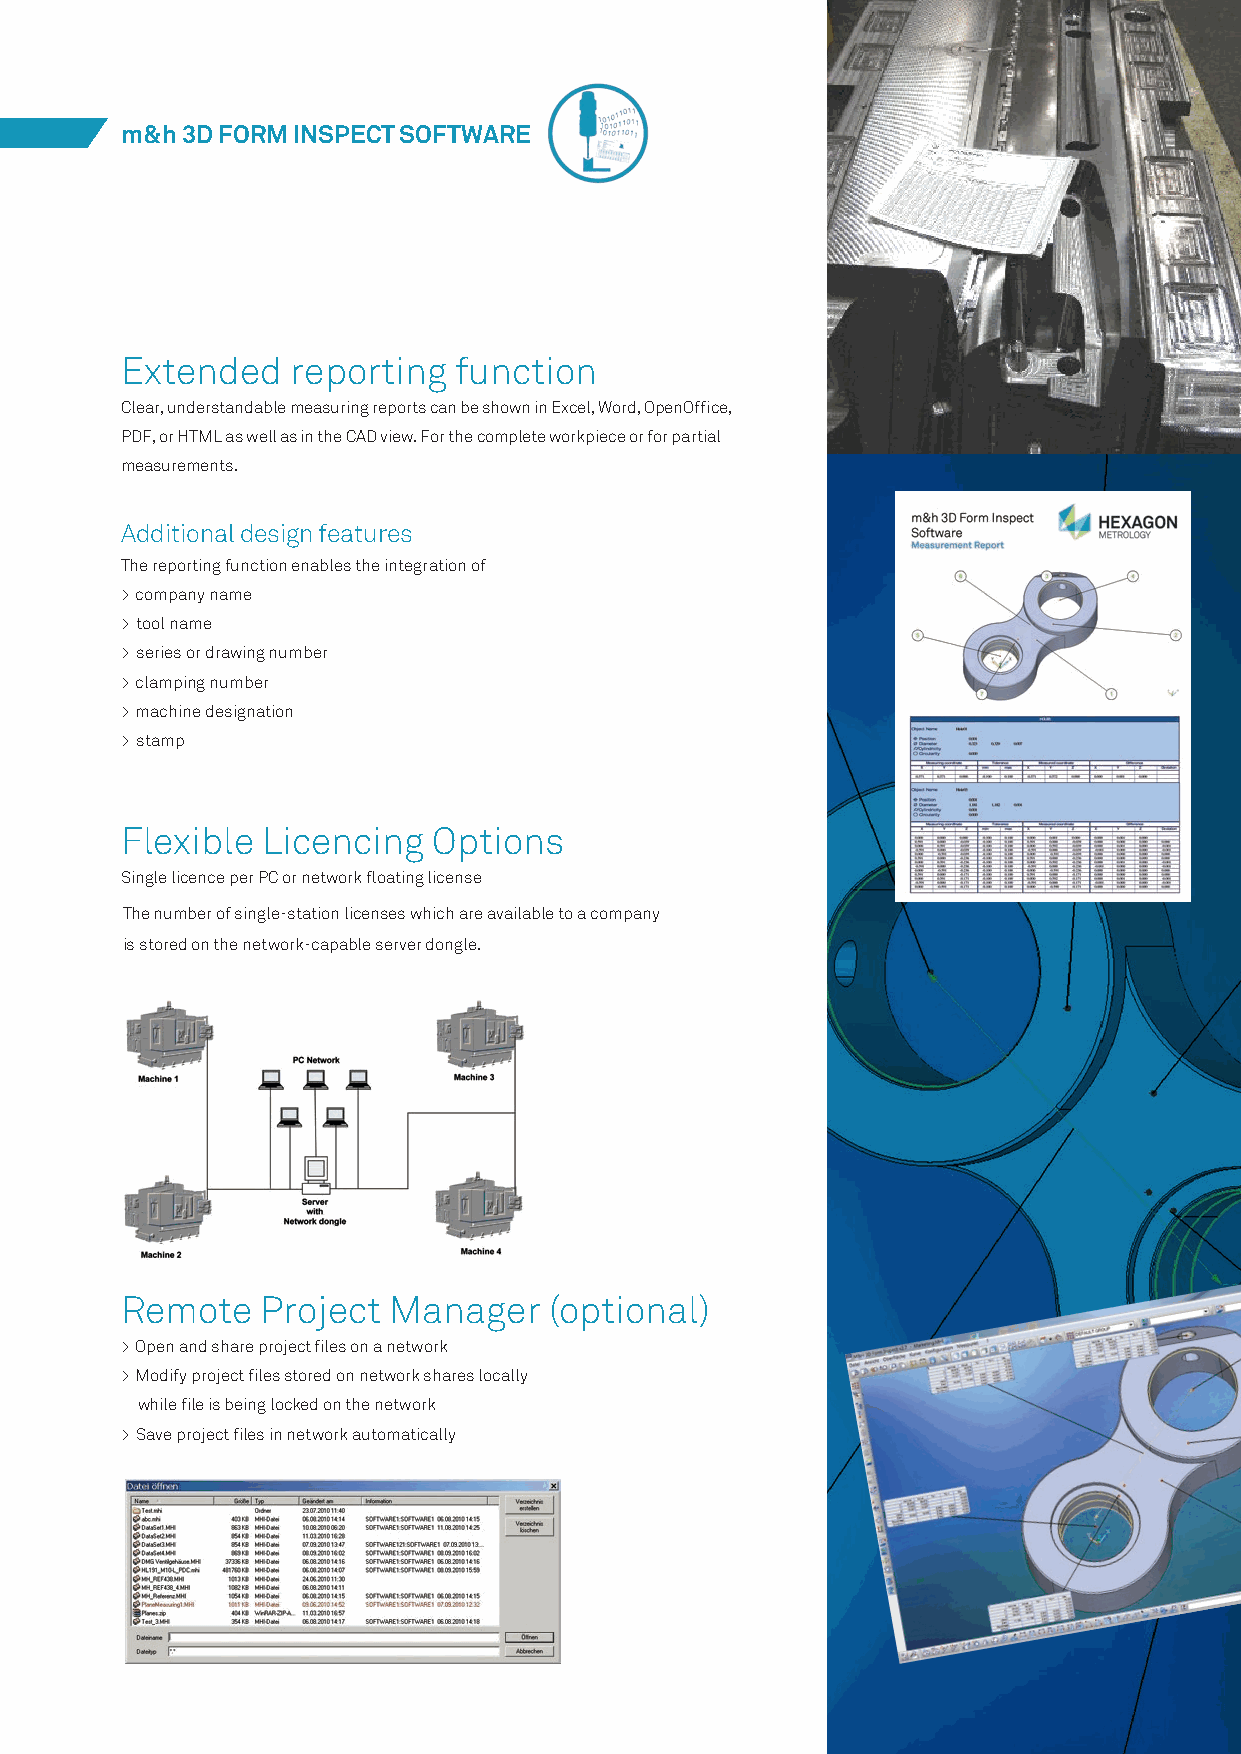
m&h 3D FORM INSPECT SOFTWARE
 Extended   reporting  function
 Clear, understandable measuring reports can be shown in Excel, Word, OpenOffice,
 PDF, or HTML as well as in the CAD view. For the complete workpiece or for partial
 measurements.
 Additional design features
 The reporting function enables the integration of
 > company name
 > tool name
 > series or drawing number
 > clamping number
 > machine designation
 > stamp
 Flexible Licencing   Options
 Single licence per PC or network floating license
 The number of single-station licenses which are available to a company
 is stored on the network-capable server dongle.
 Remote   Project  Manager   (optional)
 > Open and share project files on a network
 > Modify project files stored on network shares locally
 while file is being locked on the network
 > Save project files in network automatically